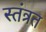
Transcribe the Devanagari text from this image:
स्‍तंत्रत